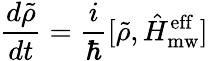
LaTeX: \frac{d\tilde{\rho}}{dt}=\frac{i}{\hbar}[\tilde{\rho},\hat{H}_{\mathrm{mw}}^{\mathrm{eff}}]